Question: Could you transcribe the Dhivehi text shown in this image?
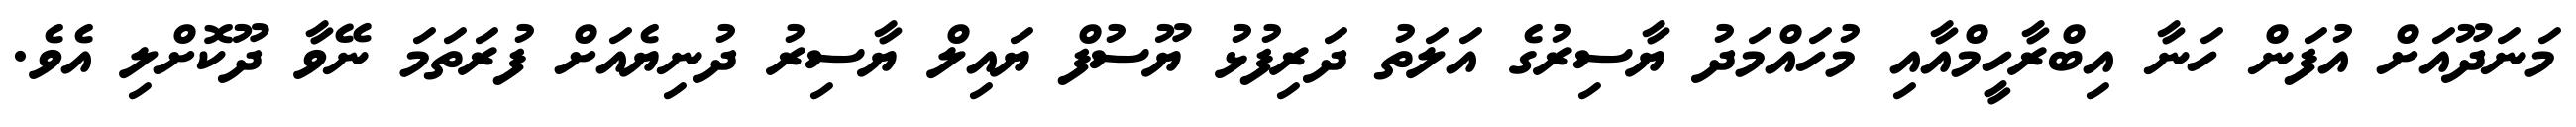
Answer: މަނަދޫއަށް އުފަން ހަނާ އިބްރާހީމްއާއި މުހައްމަދު ޔާސިރުގެ އަލަތު ދަރިފުޅު ޔޫސުފް ޔައިލް ޔާސިރު ދުނިޔެއަށް ފުރަތަމަ ނޭވާ ދޫކޮށްލި އެވެ.